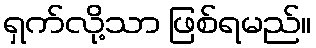
ရှက်လို့သာ ဖြစ်ရမည်။